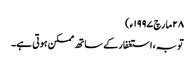
٢٨ مارچ ١٩٩٧ء)
توبہ ، استغفار کے ساتھ ممکن ہوتی ہے۔